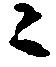
ニ